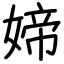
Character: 媂